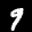
Label: 9